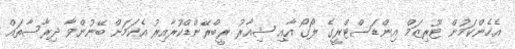
އެހެންކަމުން ޓޫރިޒަމް އިންޑަސްޓްރީގެ ލޯގޯ އާއި ޝިއާރު ރީބްރޭންޑްކުރާއިރު އެކަމަށް ބޭނުންވާ ދިރާސާތައް